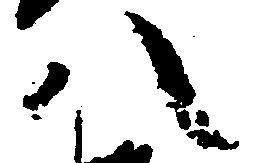
八